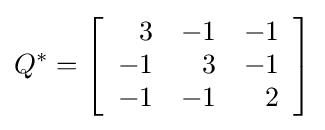
Q^{\ast }=\left[{\begin{array}{rrr}3&-1&-1\\-1&3&-1\\-1&-1&2\end{array}}\right]